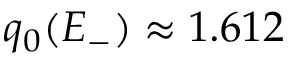
q _ { 0 } ( E _ { - } ) \approx 1 . 6 1 2